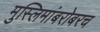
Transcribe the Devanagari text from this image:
मुस्लिमांबरोबरच